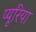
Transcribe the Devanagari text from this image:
प्यूरिया